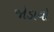
જોડાવો